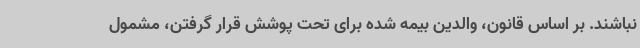
نباشند. بر اساس قانون، والدین بیمه شده برای تحت پوشش قرار گرفتن، مشمول